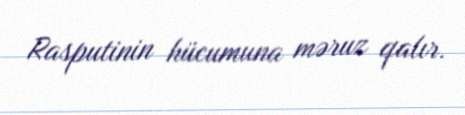
Rasputinin hücumuna məruz qalır.